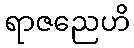
ရာဇညေဟိ